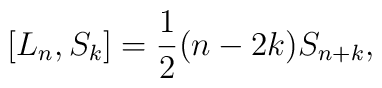
\left[L_n, S_k\right]=\frac{1}{2}(n-2k)S_{n+k},